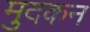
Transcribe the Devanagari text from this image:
मुदकन